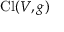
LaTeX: \operatorname { C l } ( V , g )